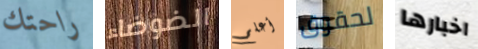
راحتك الضوضاء أعلم لحقوق اخبارها